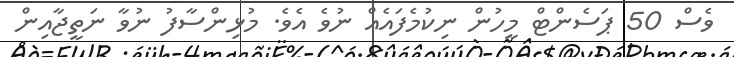
ވެސް 50 ޕަސެންޓް މީހުން ނިކުމެފައެއް ނުވެ އެވެ. މުޅިންސާފު ނުވާ ނަތީޖާއިން